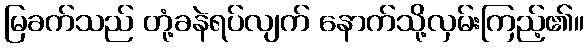
မြခက်သည် တုံ့ခနဲရပ်လျက် နောက်သို့လှမ်းကြည့်၏။